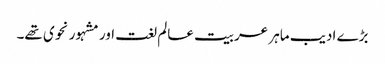
بڑے ادیب ماہر عربیت عالم لغت اور مشہور نحوی تھے۔